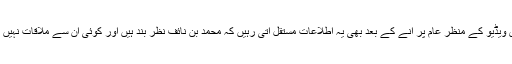
لیکن اِس ویڈیو کے منظر عام پر آنے کے بعد بھی یہ اطلاعات مستقل آتی رہیں کہ محمد بن نائف نظر بند ہیں اور کوئی اُن سے ملاقات نہیں کرسکتا۔